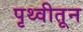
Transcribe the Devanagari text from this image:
पृथ्वीतून